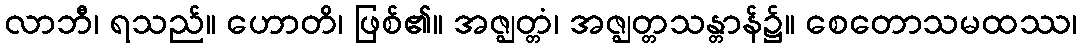
လာဘီ၊ ရသည်။ ဟောတိ၊ ဖြစ်၏။ အဇ္ဈတ္တံ၊ အဇ္ဈတ္တသန္တာန်၌။ စေတောသမထဿ၊